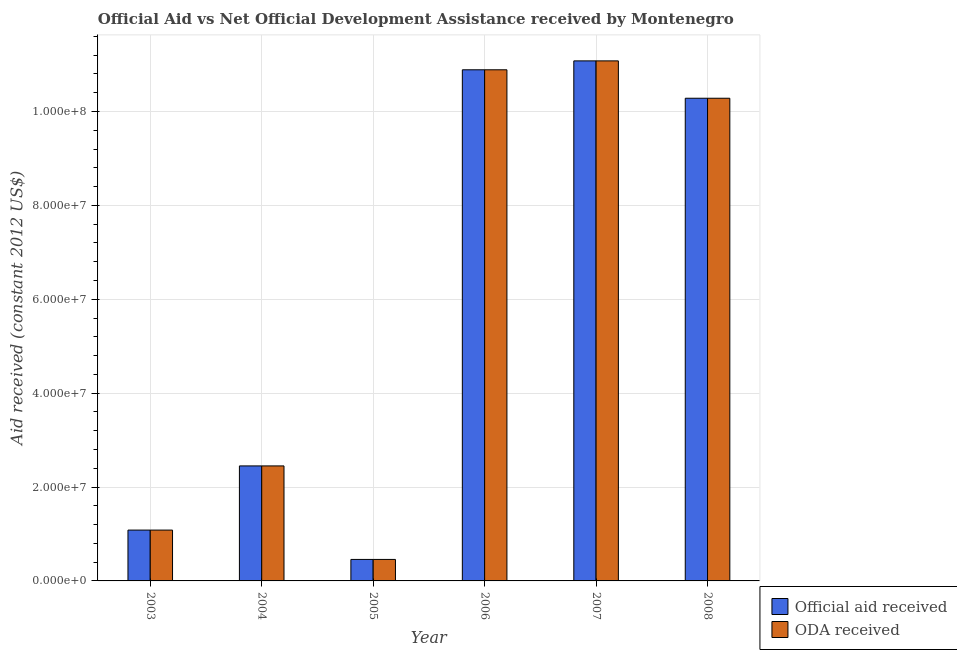
| Year | Official aid received | ODA received |
 | --- | --- | --- |
 | 2003 | 1.08e+07 | 1.08e+07 |
 | 2004 | 2.45e+07 | 2.45e+07 |
 | 2005 | 4.58e+06 | 4.58e+06 |
 | 2006 | 1.09e+08 | 1.09e+08 |
 | 2007 | 1.11e+08 | 1.11e+08 |
 | 2008 | 1.03e+08 | 1.03e+08 |